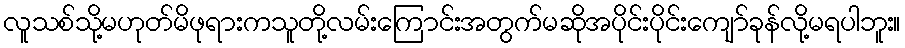
လူသစ်သို့မဟုတ်မိဖုရားကသူတို့လမ်းကြောင်းအတွက်မဆိုအပိုင်းပိုင်းကျော်ခုန်လို့မရပါဘူး။